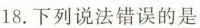
18.下列说法错误的是 ( )